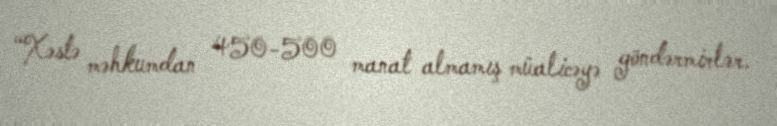
“Xəstə məhkumdan 450-500 manat almamış müalicəyə göndərmirlər.